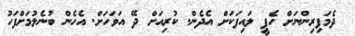
ދެމަފިރިންނަށް ހެޕީ ލައިފަކަށް އެދެން. ކުރިއަށް ދޭ އަވަހަށް. އެހެން ބުނެލުމަށްފަހު